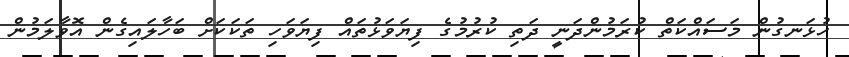
ހުޅަނގުން މަސައްކަތް ކުރަމުންދަނީ ދަތި ކުރުމުގެ ފިޔަވަޅުތައް ފިޔަވަހި ތަކަކަށް ބަހާލައިގެން އޮވާލަމުން